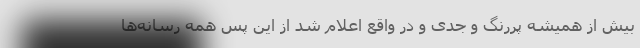
بیش از همیشه پررنگ و جدی و در واقع اعلام شد از این پس همه رسانه‌ها